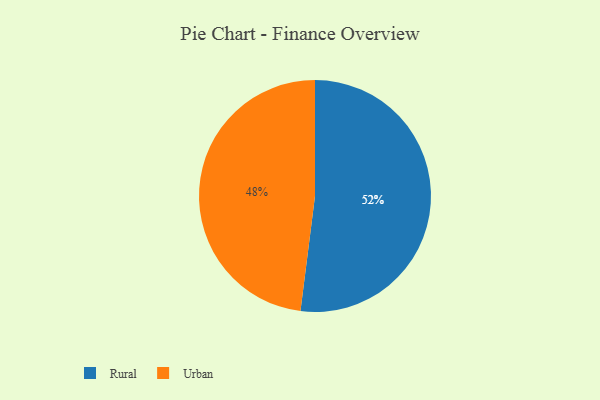
{"axis": {"x": "Category", "y": "Percentage"}, "legend": ["Rural", "Urban"], "data": [{"x": "Urban", "y": 48, "type": "Urban"}, {"x": "Rural", "y": 52, "type": "Rural"}]}